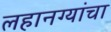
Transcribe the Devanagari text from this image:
लहानग्यांचा